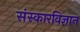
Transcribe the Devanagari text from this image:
संस्कारविज्ञान